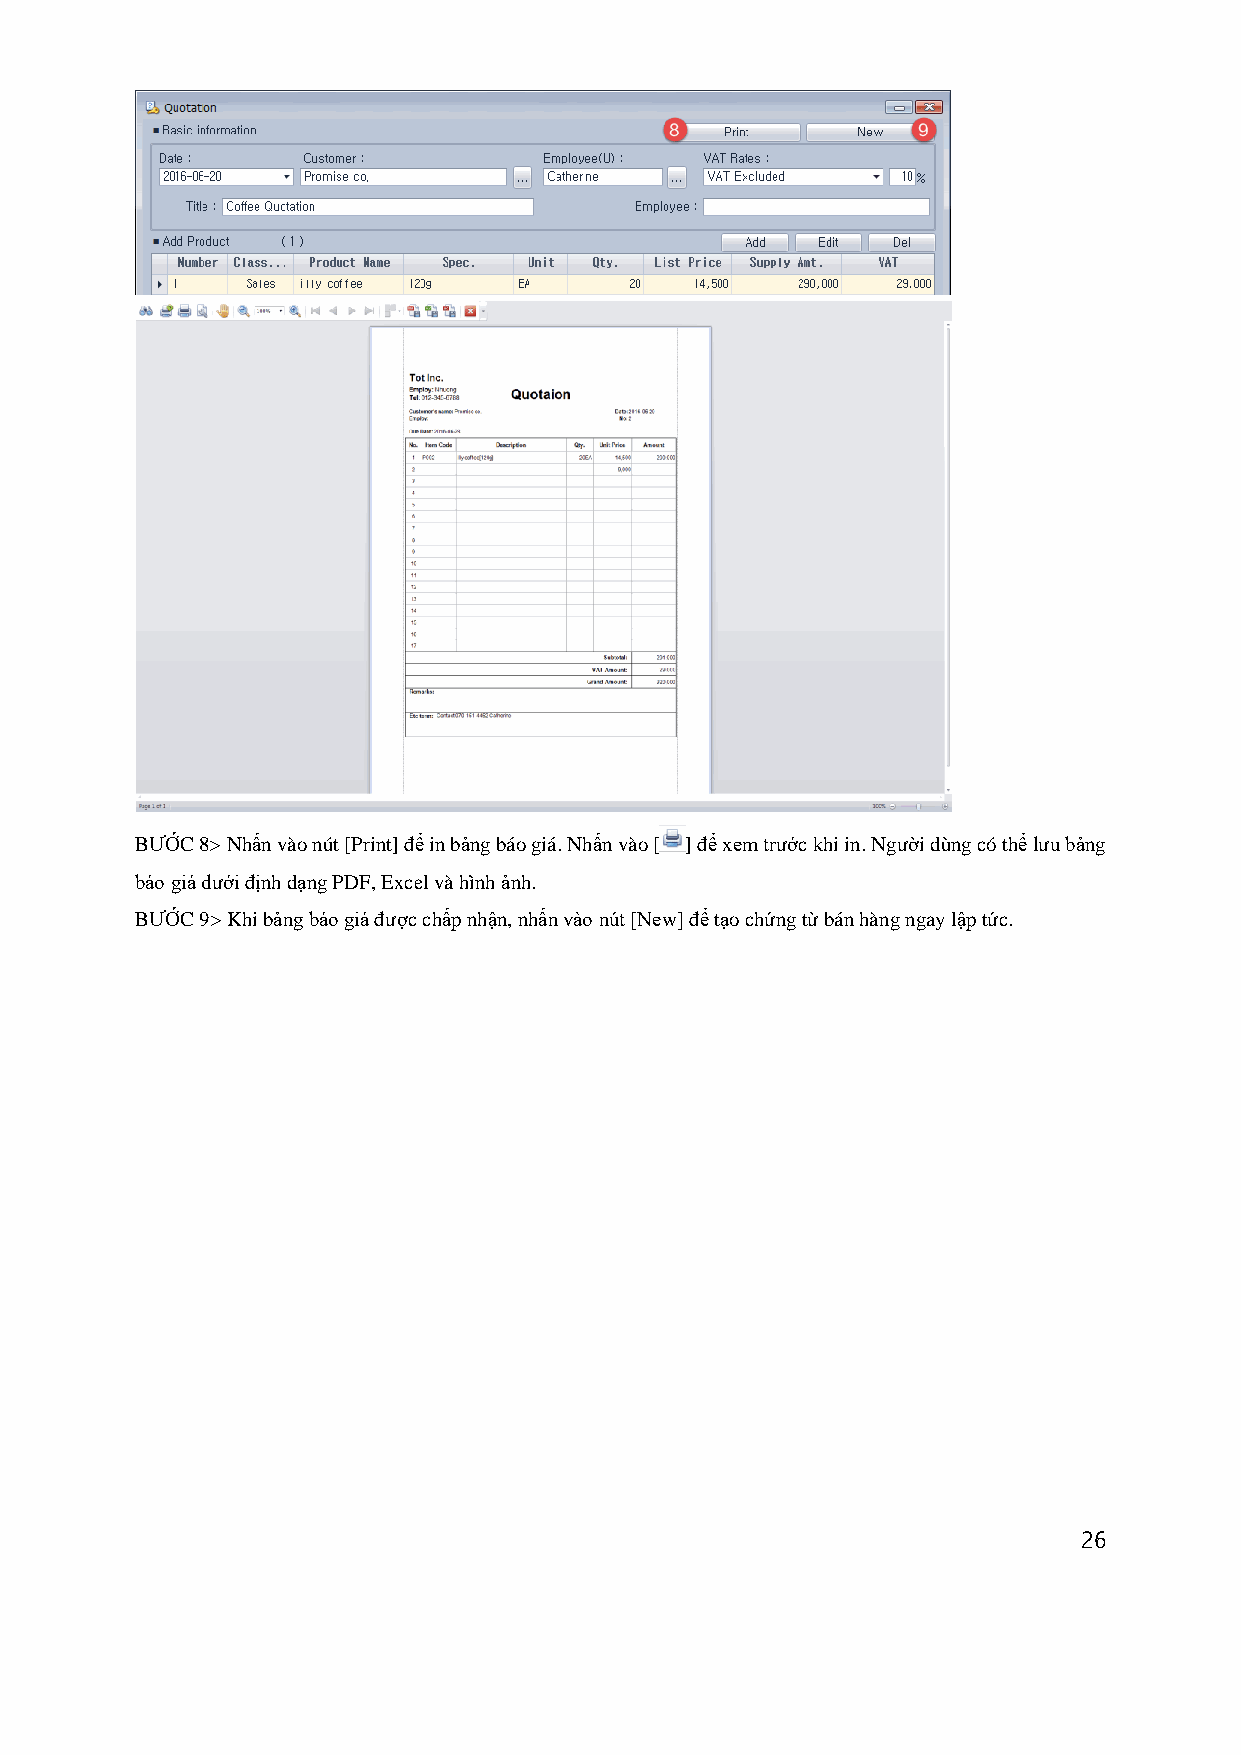
BƯỚC 8> Nhấn vào nút [Print] để in bảng báo giá. Nhấn vào [ ] để xem trước khi in. Người dùng có thể lưu bảng
 báo giá dưới định dạng PDF, Excel và hình ảnh.
 BƯỚC 9> Khi bảng báo giá được chấp nhận, nhấn vào nút [New] để tạo chứng từ bán hàng ngay lập tức.
 26